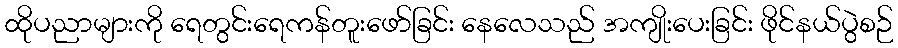
ထိုပညာများကို ရေတွင်းရေကန်တူးဖော်ခြင်း နေလေသည် အကျိုးပေးခြင်း ဖိုင်နယ်ပွဲစဉ်